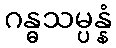
ဂန္ဓသမ္ပန္နံ